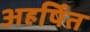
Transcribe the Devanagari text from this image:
अहर्षित